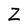
Character: Z